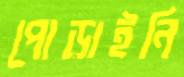
পোড়াইনি